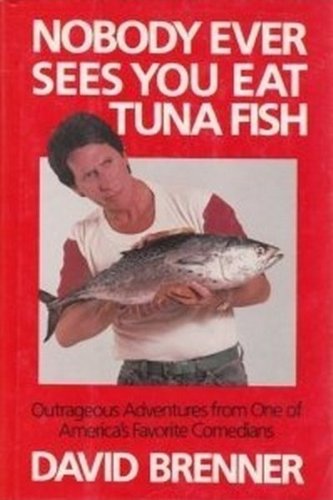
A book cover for Nobody Ever Sees You Eat Tuna Fish; David Brenner; Humor & Entertainment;